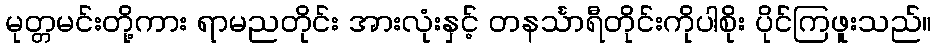
မုတ္တမင်းတို့ကား ရာမညတိုင်း အားလုံးနှင့် တနင်္သာရီတိုင်းကိုပါစိုး ပိုင်ကြဖူးသည်။